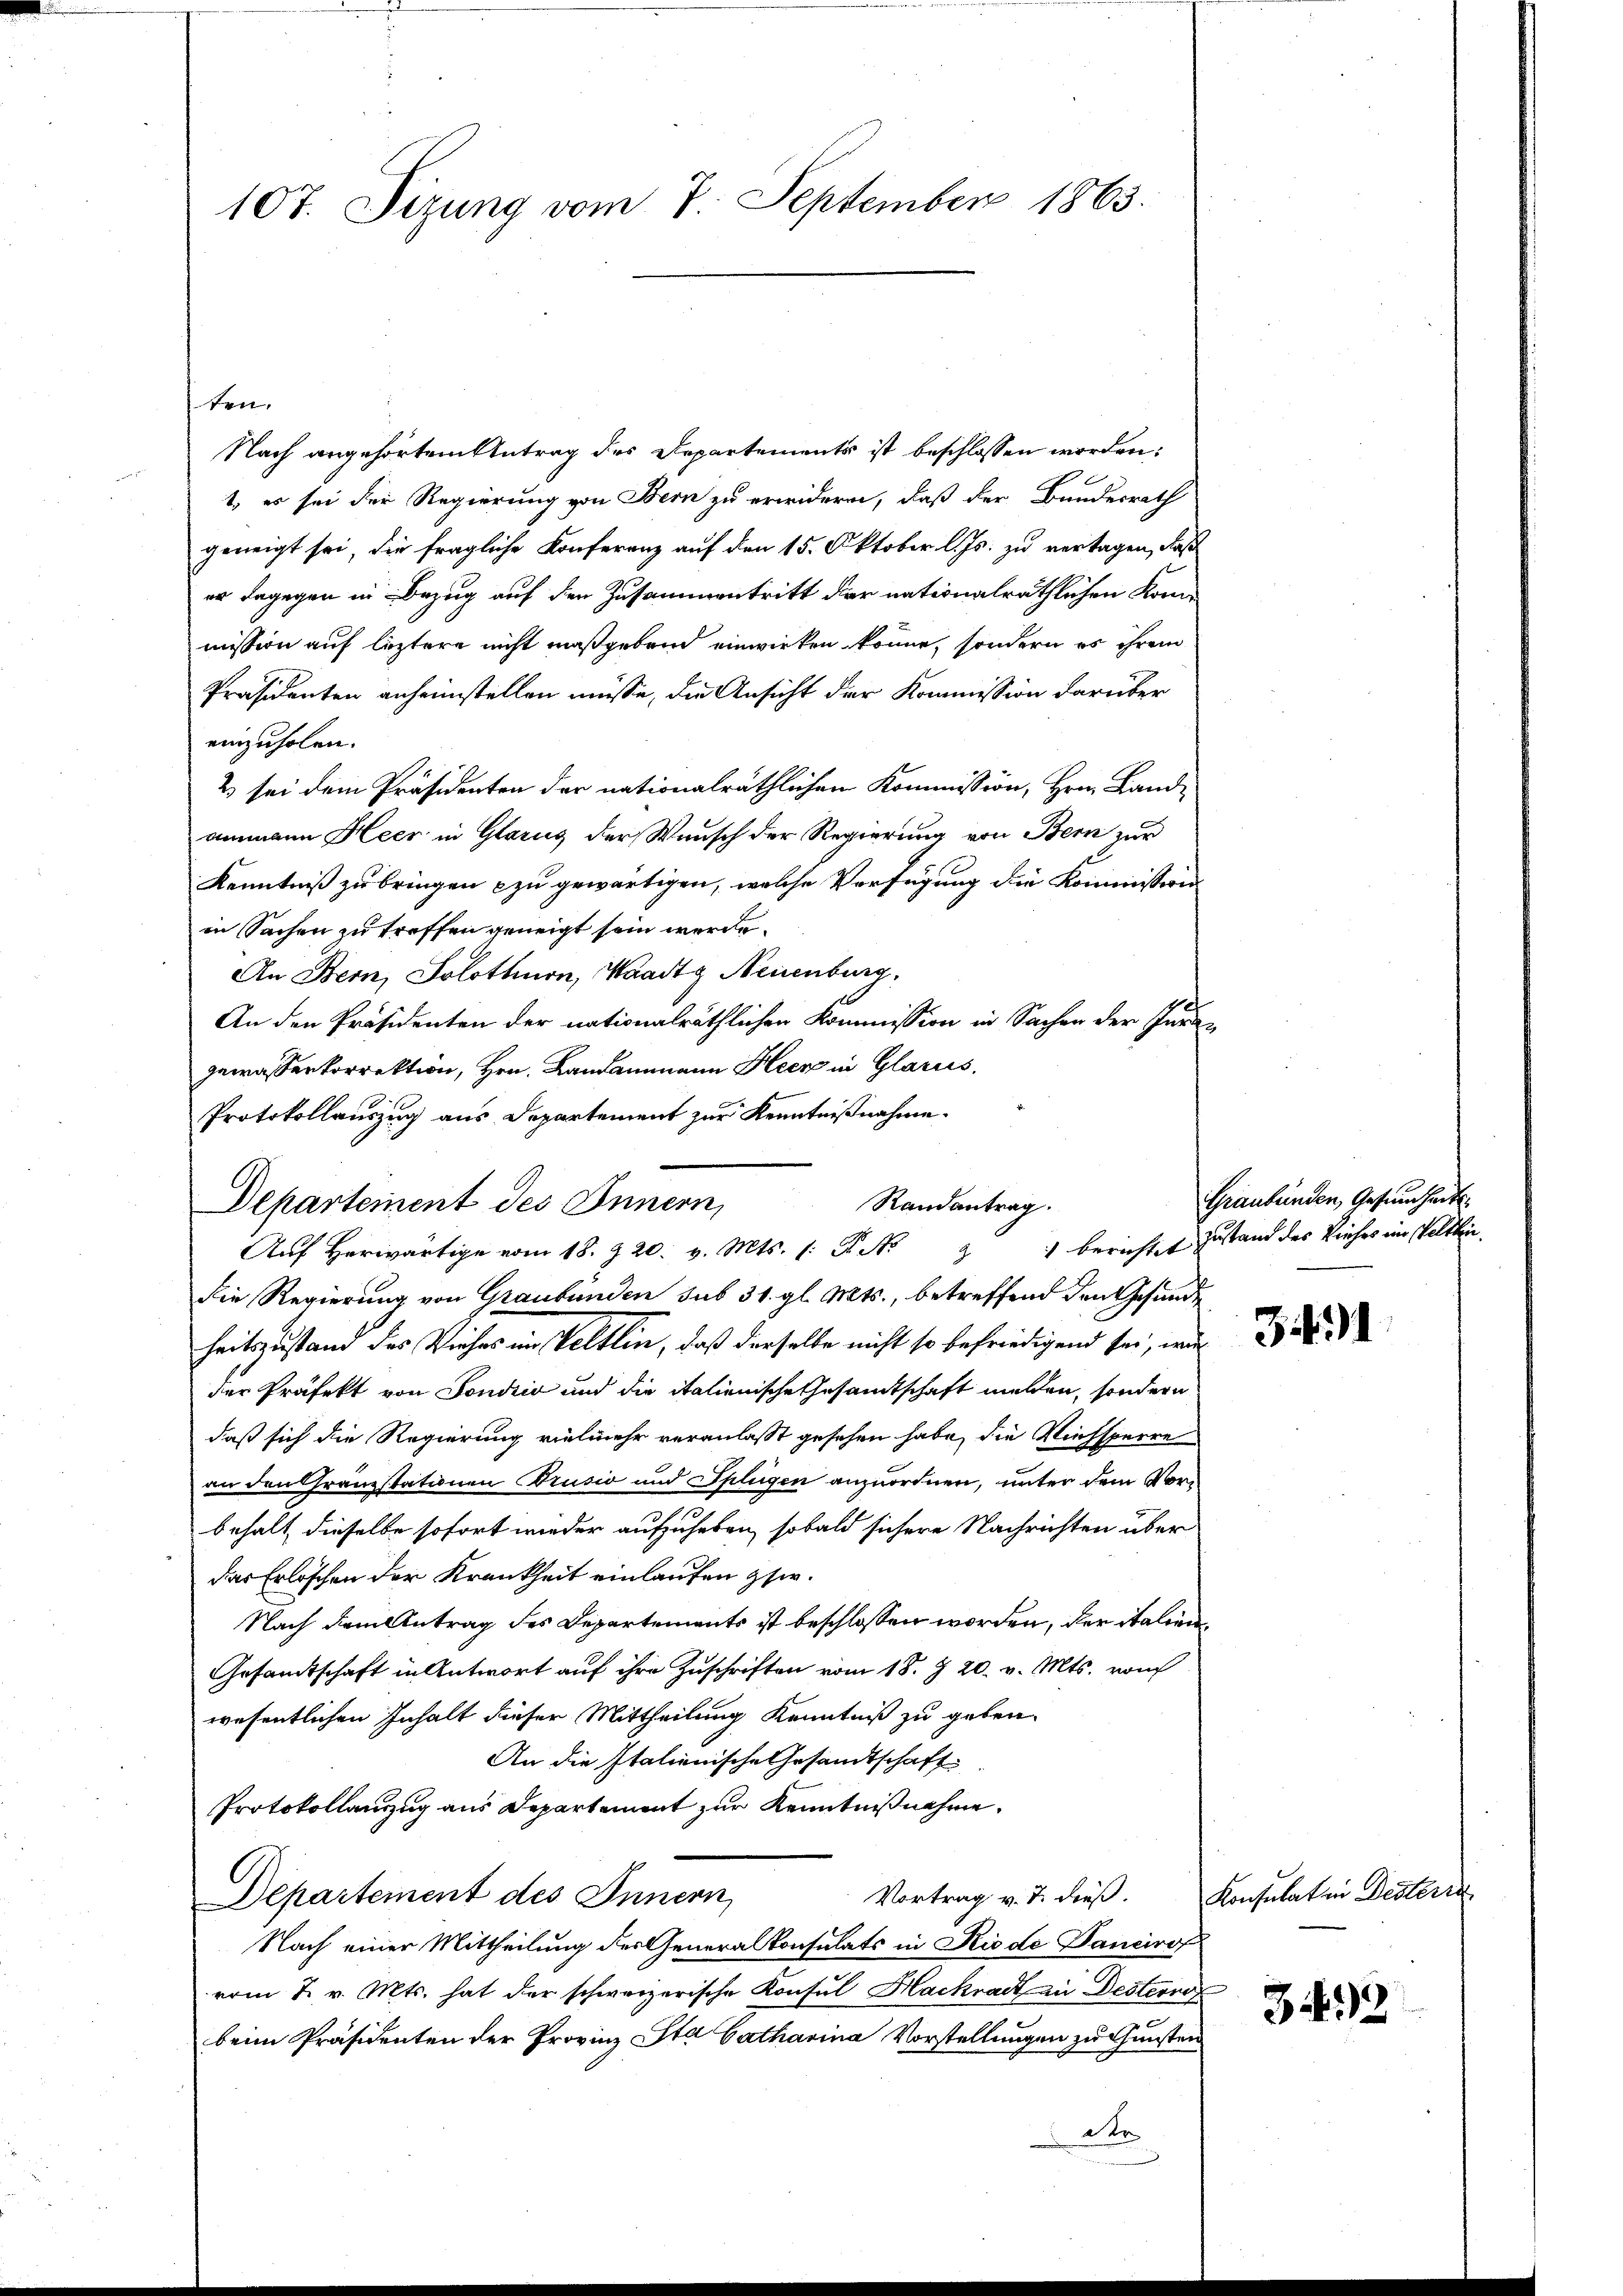
107. Sizung vom 7. September 1863.

ten.
Nach angehörtem Antrag des Departements ist beschlossen worden:
1. es sei der Regierung von Bern zu erwidern, daß der Bundesrath
geneigt sei, die fragliche Konferenz auf den 15. Oktober l. Js. zu vertagen, daß
er dagegen in Bezug auf den Zusammentritt der nationalräthlichen Kommission auf leztere nicht maßgeben einwirken könne, sondern es ihrem
Präsidenten anheimstellen müsse, die Ansicht der Kommission darüber
einzuholen.
2 sei dem Präsidenten der nationalräthlichen Kommission, Hrn. Land-
ammann Heer in Glarus der Wunsch der Regierung von Bern zur
Kenntniß zu bringen zu gewärtigen, welche Verfügung die Kommission
in Sachen zu treffen geneigt sein werde.
An Bern, Solothurn, Waadt, Neuenburg.
An den Präsidenten der nationalräthlichen Kommission in Sachen der Jurigewasserkorrektion, Hrn. Landammann Heer in Glarus.
Protokollauszug aus Departement zur Kenntnißnahme.
Departement des Innern,
die Regierung von Graubünden sub 31. gl. Mts., betreffend den Gesunde
heitszustand des Viehes im Veltlin, daß derselbe nicht so befriedigend sei, wur
der Präfekt von Fondzić und die italienische Gesamtschaft melden, sondern
daß sich die Regierung vielmehr veranlasst gesehen habe, die Viehsperre
an den Franzstationen Brusio und Splügen anzuordnen, unter dem Vorbehalt dieselbe sofort wieder aufzuheben, sobald sichere Nachrichten über
das Erlöschen der Krankheit einlaufen zw.
Nach dem Antrag des Departements ist beschlossen worden, der italien¬
Gesamtschaft in Antwort auf ihre Zuschriften vom 18. § 20. v. Mts. vom
wesentlichen Inhalt dieser Mittheilung Kenntniß zu geben.
An die Italienische Gesandtschaft
Protokollanzug aus Departement zur Kenntnißnahme.
Vortrag v. 7. dieß.
Departement des Innern,
Nach einer Mittheilung des Generalkonsulats in Rio de Dancirof
vom 2. v. Mts. hat der schweizerische Konsul Hackract zu Destionsf
beim Präsidenten der Provinz Sta Catharina Vorstellungen zu Gunsten
der
.

Randantrag.
Auf Herwärtige vom 18. § 20. v. Mts. (: N. N. 3 berechtet Zustand des Vieher im Veltlin

Graubünden, Gesundheits¬

3431

Konsulaten Desteri

399